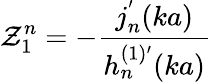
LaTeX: \mathcal{Z}_{1}^{n}=-\frac{{j_{n}^{'}(ka)}}{{h_{n}^{(1)^{\prime}}(ka)}}